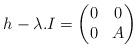
LaTeX: \begin{align*} h-\lambda.I = \left( \begin{matrix} 0 & 0 \\ 0 & A \end{matrix} \right)\end{align*}